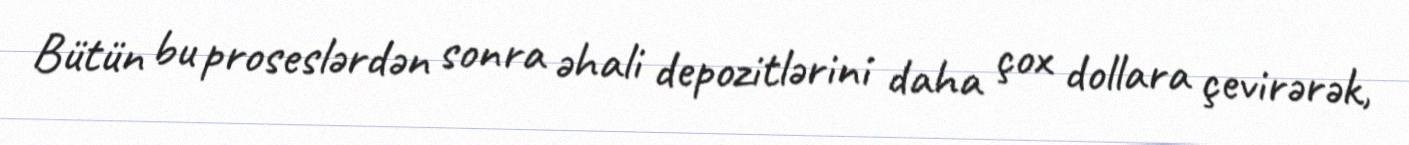
Bütün bu proseslərdən sonra əhali depozitlərini daha çox dollara çevirərək,